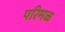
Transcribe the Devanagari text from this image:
परिमळ